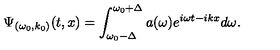
\Psi _ { ( \omega _ { 0 } , k _ { 0 } ) } ( t , x ) = \int _ { \omega _ { 0 } - \Delta } ^ { \omega _ { 0 } + \Delta } a ( \omega ) e ^ { i \omega t - i k x } d \omega .